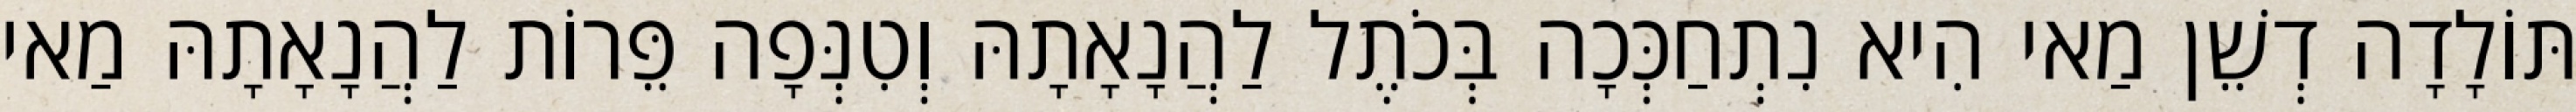
תּוֹלָדָה דְשֵׁן מַאי הִיא נִתְחַכְּכָה בְּכֹתֶל לַהֲנָאָתָהּ וְטִנְּפָה פֵּרוֹת לַהֲנָאָתָהּ מַאי